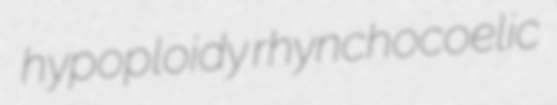
hypoploidy rhynchocoelic